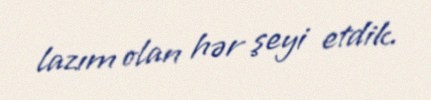
lazım olan hər şeyi etdik.